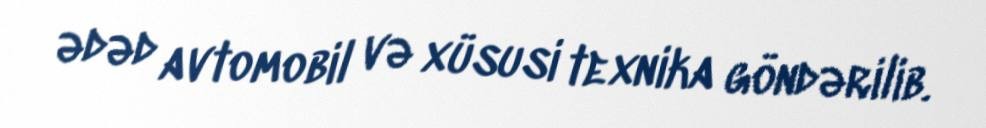
ədəd avtomobil və xüsusi texnika göndərilib.